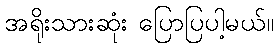
အရိုးသားဆုံး ပြောပြပါ့မယ်။